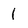
Character: 1